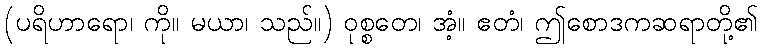
(ပရိဟာရော၊ ကို။ မယာ၊ သည်။) ဝုစ္စတေ၊ အံ့။ ဧတံ၊ ဤစောဒကဆရာတို့၏